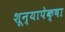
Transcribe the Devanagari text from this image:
शून्यापेक्षा